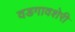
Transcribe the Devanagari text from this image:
वडगावशेरी